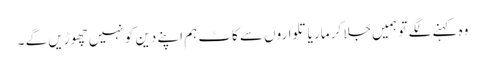
وہ کہنے لگے تو ہمیں جلا کر مار یا تلواروں سے کاٹ ہم اپنے دین کو نہیں چھوڑیں گے ۔